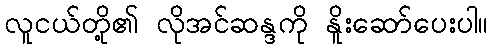
လူငယ်တို့၏ လိုအင်ဆန္ဒကို နိူးဆော်ပေးပါ။